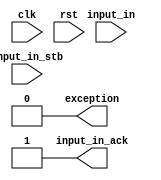
//Discard stream contents
module main_4 (input_in_ack,clk,rst,input_in,input_in_stb,exception);
  input clk;
  input rst;
  input [31:0] input_in;
  input input_in_stb;
  output input_in_ack;
  output exception;

  assign input_in_ack = 1;
  assign exception = 0;
endmodule